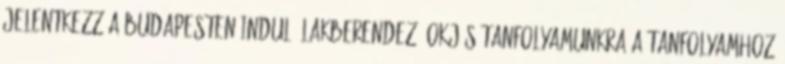
Jelentkezz a Budapesten induló Lakberendező OKJ-s tanfolyamunkra A tanfolyamhoz